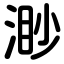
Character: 渺